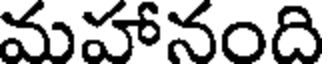
మహానంది